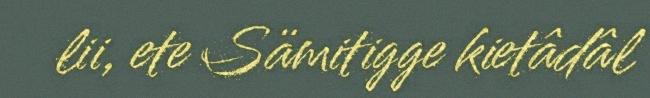
lii, ete Sämitigge kietâdâl